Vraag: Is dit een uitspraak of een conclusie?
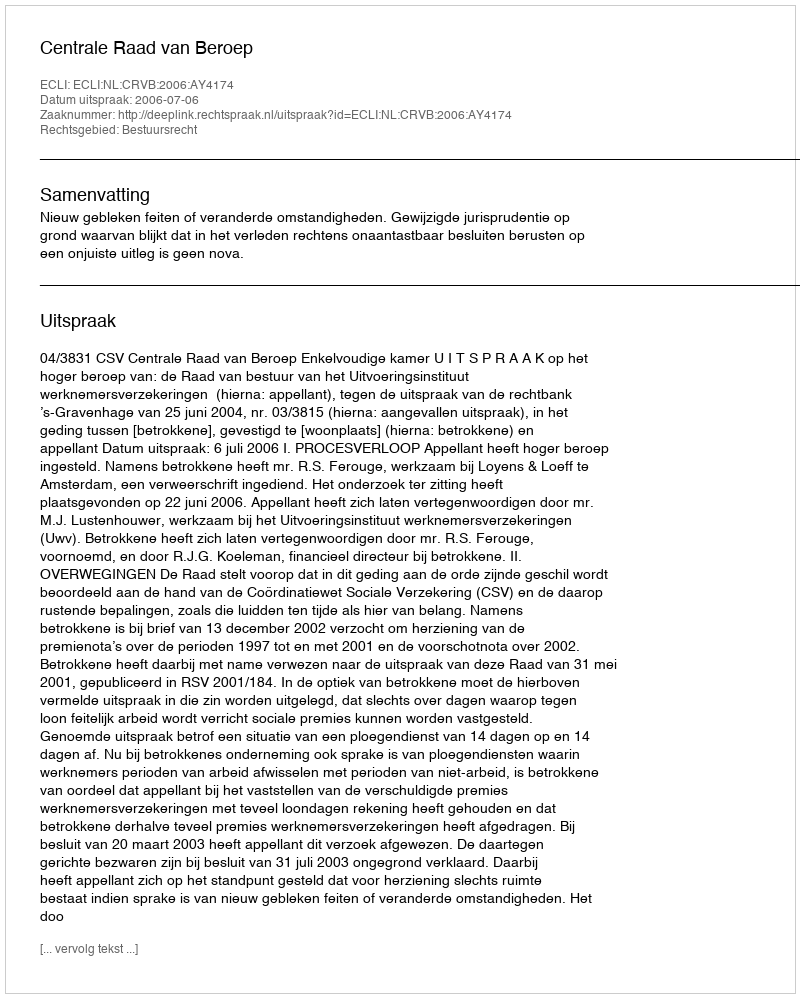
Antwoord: Uitspraak